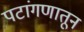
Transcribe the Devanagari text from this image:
पटांगणातून